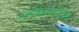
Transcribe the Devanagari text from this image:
हाइपोथायराइडिज्म